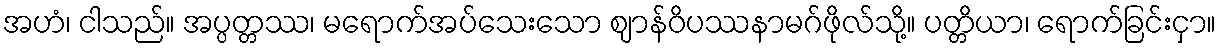
အဟံ၊ ငါသည်။ အပ္ပတ္တဿ၊ မရောက်အပ်သေးသော ဈာန်ဝိပဿနာမဂ်ဖိုလ်သို့။ ပတ္တိယာ၊ ရောက်ခြင်းငှာ။